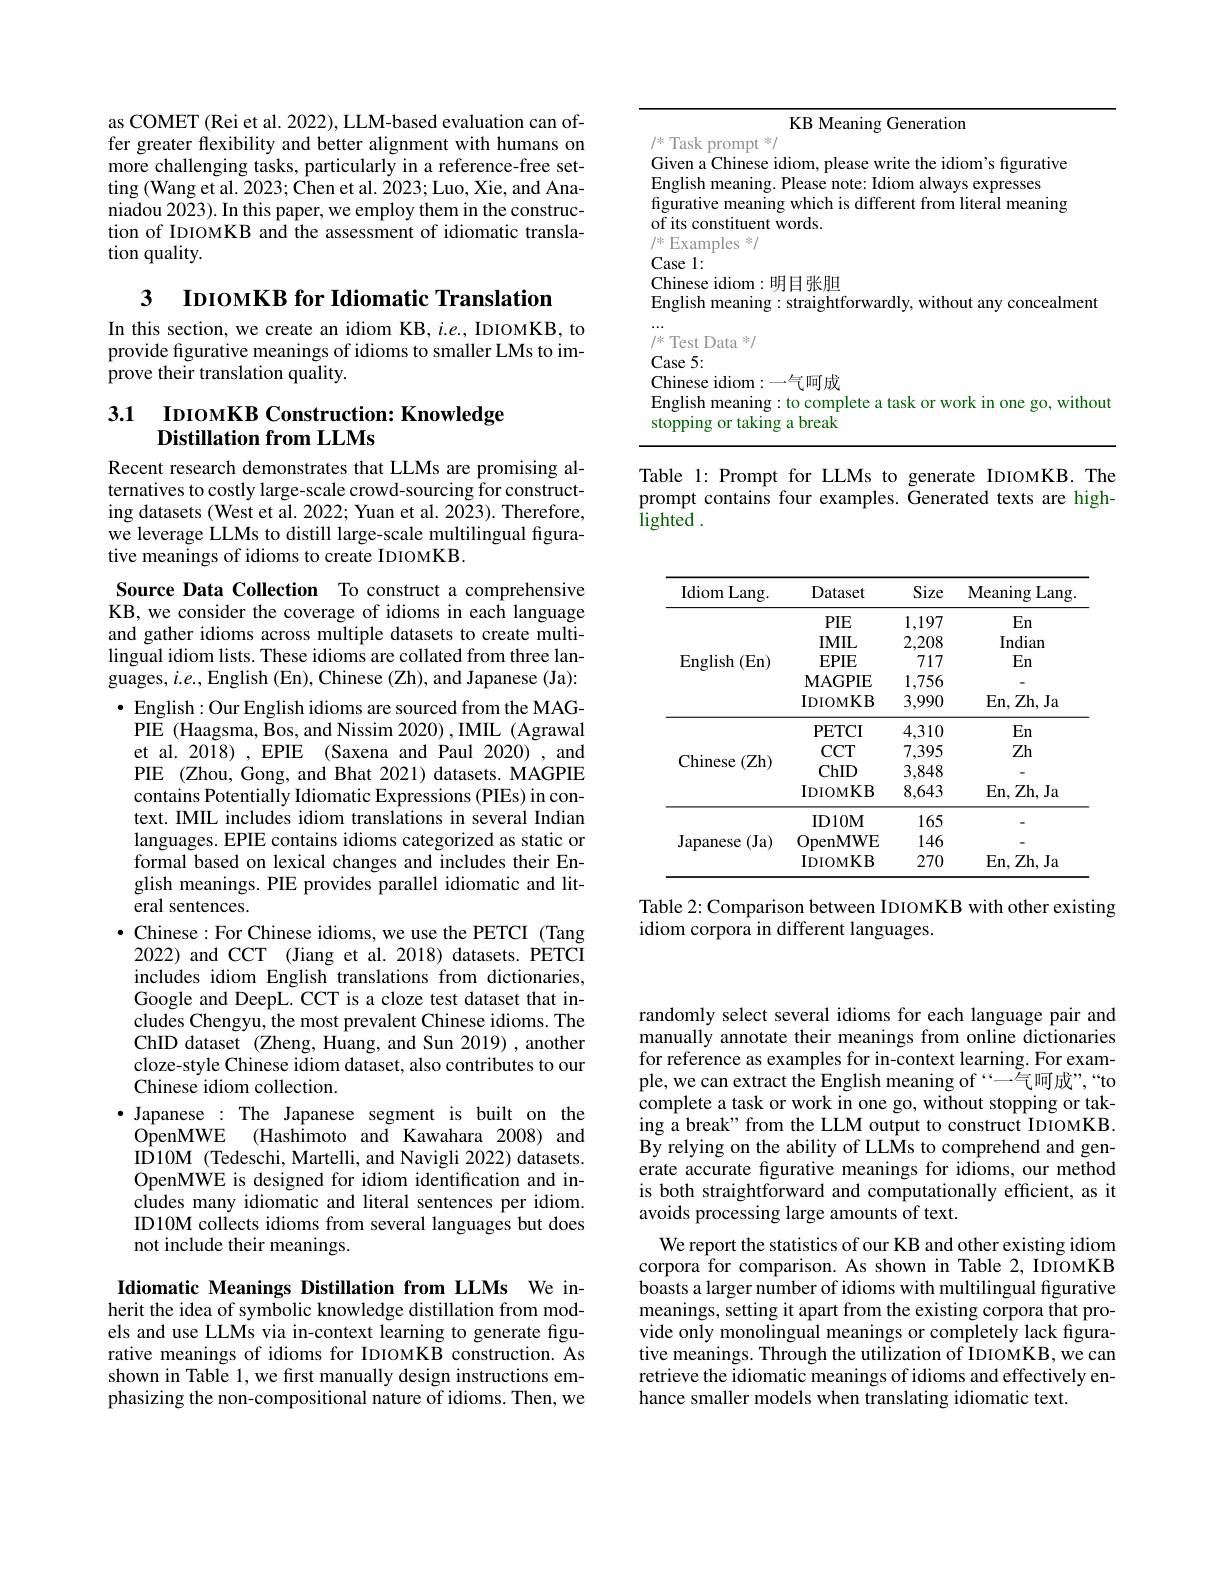
as COMET (Rei et al. 2022), LLM-based evaluation can offer greater flexibility and better alignment with humans on more challenging tasks, particularly in a reference-free setting (Wang et al. 2023; Chen et al. 2023; Luo, Xie, and Ananiadou 2023). In this paper, we employ them in the construction of IDIOMKB and the assessment of idiomatic translation quality.

3

IDIOMKB for Idiomatic Translation

In this section, we create an idiom KB, $i.e.$, IDIOMKB, to provide figurative meanings of idioms to smaller LMs to improve their translation quality.

## 3.1 I I DIOMKB Construction: Knowledge Distillation from LLMs

Recent research demonstrates that LLMs are promising alternatives to costly large-scale crowd-sourcing for constructing datasets (West et al. 2022; Yuan et al. 2023). Therefore, we leverage LLMs to distill large-scale multilingual figurative meanings of idioms to create IDIOMKB.

Source Data Collection To construct a comprehensive KB, we consider the coverage of idioms in each language and gather idioms across multiple datasets to create multilingual idiom lists. These idioms are collated from three languages, $i.e.$, English (En), Chinese (Zh), and Japanese (Ja): $\bullet$ English:Our English idioms are sourced from the MAG-
PIE (Haagsma, Bos, and Nissim 2020) , IMIL (Agrawal et al. 2018), EPIE (Saxena and Paul 2020), and PIE (Zhou, Gong, and Bhat 2021) datasets. MAGPIE contains Potentially Idiomatic Expressions (PIEs) in context. IMIL includes idiom translations in several Indian languages. EPIE contains idioms categorized as static or formal based on lexical changes and includes their English meanings. PIE provides parallel idiomatic and literal sentences.
$\bullet$ Chinese:For Chinese idioms, we use the PETCI (Tang
2022) and CCT (Jiang et al. 2018) datasets. PETCI includes idiom English translations from dictionaries, Google and DeepL. CCT is a cloze test dataset that includes Chengyu, the most prevalent Chinese idioms. The ChID dataset (Zheng, Huang, and Sun 2019) , another cloze-style Chinese idiom dataset, also contributes to our Chinese idiom collection.
·Japanese : The Japanese segment is built on the
OpenMWE (Hashimoto and Kawahara 2008) and ID10M (Tedeschi, Martelli, and Navigli 2022) datasets. OpenMWE is designed for idiom identification and includes many idiomatic and literal sentences per idiom. ID10M collects idioms from several languages but does not include their meanings.
Idiomatic Meanings Distillation from LLMs We in-

herit the idea of symbolic knowledge distillation from models and use LLMs via in-context learning to generate figurative meanings of idioms for IDIOMKB construction. As shown in Table 1, we fırst manually design instructions emphasizing the non-compositional nature of idioms. Then, we

KB Meaning Generation

/冰 Task prompt 米/
<table>
	<tbody>
		<tr>
			<td> </td>
			<td>1: ese idiom:明目张胆 sh meaning: straightforwardly, without any concealment</td>
		</tr>
	</tbody>
</table>

Table 1: Prompt for LLMs to generate IDIOMKB. The prompt contains four examples. Generated texts are highlighted .

<table>
	<tbody>
		<tr>
			<th>Idiom Lang. </th>
			<th>Dataset</th>
			<th>Size</th>
			<th>$\mathbf{Meaning}$ Lang</th>
		</tr>
		<tr>
			<td rowspan="5">$\operatorname{English}(\operatorname{En})$</td>
			<td>PIE</td>
			<td>1,197</td>
			<td>En</td>
		</tr>
		<tr>
			<td>IMIL</td>
			<td>2,208</td>
			<td>Indian</td>
		</tr>
		<tr>
			<td>$EPIE$</td>
			<td>717</td>
			<td>En</td>
		</tr>
		<tr>
			<td>$\mathbf{MAGPIE}$</td>
			<td>1,756</td>
			<td> </td>
		</tr>
		<tr>
			<td>$\operatorname{IDIOMKB}$</td>
			<td>3,990</td>
			<td>En, Zh, Ja</td>
		</tr>
		<tr>
			<td rowspan="4">Chinese (Zh)</td>
			<td>PETCI</td>
			<td>4,310</td>
			<td>$En$</td>
		</tr>
		<tr>
			<td>$CCT$</td>
			<td>7,395</td>
			<td>Zh</td>
		</tr>
		<tr>
			<td>ChID</td>
			<td>3,848</td>
			<td> </td>
		</tr>
		<tr>
			<td>$\operatorname{IDIOMKB}$</td>
			<td>8,643</td>
			<td>En, Zh, Ja</td>
		</tr>
		<tr>
			<td rowspan="3">Japanese (Ja)</td>
			<td>ID10M</td>
			<td>165</td>
			<td> </td>
		</tr>
		<tr>
			<td>OpenMWE</td>
			<td>146</td>
			<td> </td>
		</tr>
		<tr>
			<td>IDIOMKB</td>
			<td>270</td>
			<td>En, Zh, Ja</td>
		</tr>
	</tbody>
</table>

Table 2: Comparison between IDIOMKB with other existing
idiom corpora in different languages.

randomly select several idioms for each language pair and manually annotate their meanings from online dictionaries for reference as examples for in-context learning. For example, we can extract the English meaning of “一气呵成”,“to complete a task or work in one go, without stopping or taking a break" from the LLM output to construct IDIOMKB. By relying on the ability of LLMs to comprehend and generate accurate figurative meanings for idioms, our method is both straightforward and computationally efficient, as it avoids processing large amounts of text.
We report the statistics of our KB and other existing idiom corpora for comparison. As shown in Table 2, IDIOMKB boasts a larger number of idioms with multilingual figurative meanings, setting it apart from the existing corpora that provide only monolingual meanings or completely lack figurative meanings. Through the utilization of IDIOMKB, we can retrieve the idiomatic meanings of idioms and effectively enhance smaller models when translating idiomatic text.